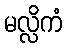
မလ္လိကံ